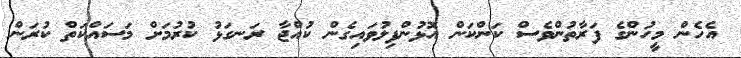
އެހެން މީހުންގެ ފަރާތުންވެސް ކަންކަން އޮޅުންފިލުވައިގެން ކުއްޖާ ރަނގަޅު ކުރުމަށް މަސައްކަތް ކުރަން